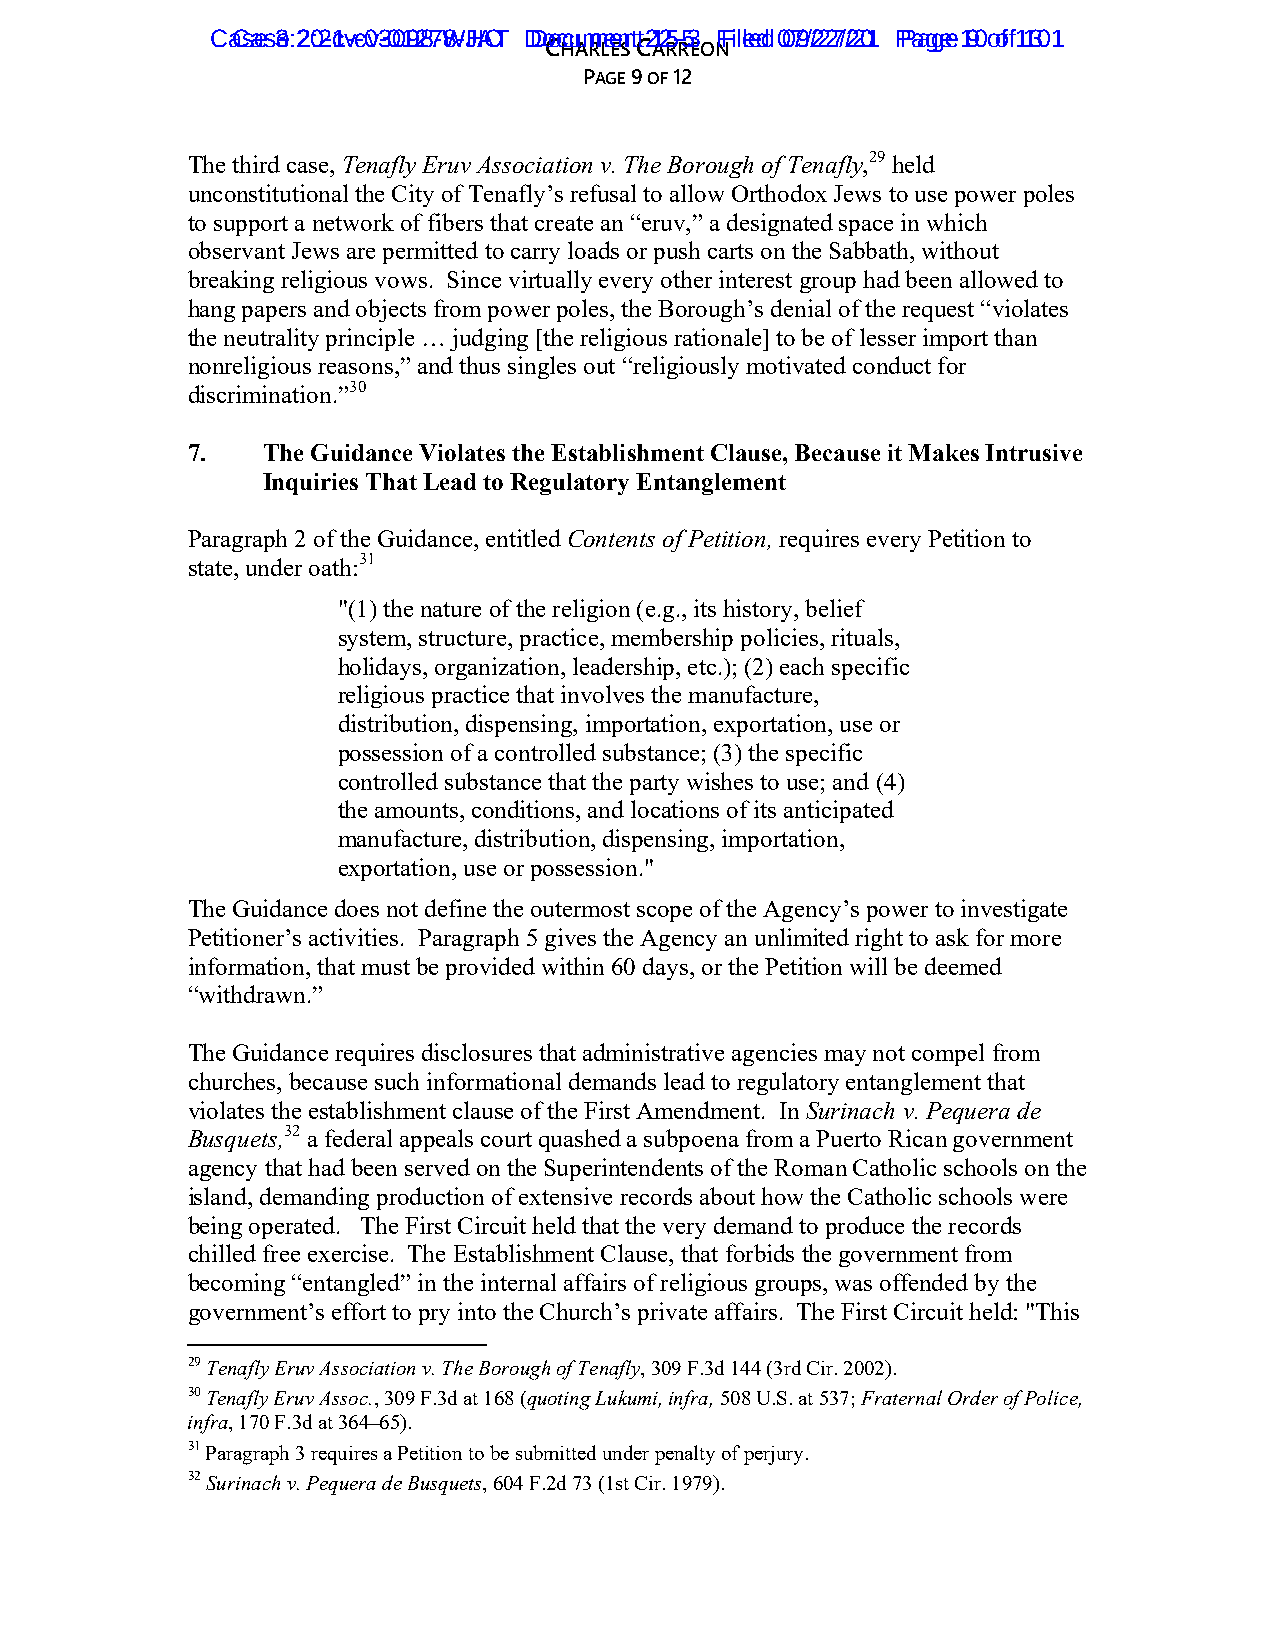
CaCsaes 3e: 220:2-c1v-c-0v3-0019287-W8-JHAOT DDooccuummeenntt 2125--53 FFilieledd 0079//2227//2201 PPaaggee 190 o of f1 1301
 CHARLES CARREON
 PAGE 9 OF 12
 The third case, Tenafly Eruv Association v. The Borough of Tenafly,29 held
 unconstitutional the City of Tenafly’s refusal to allow Orthodox Jews to use power poles
 to support a network of fibers that create an “eruv,” a designated space in which
 observant Jews are permitted to carry loads or push carts on the Sabbath, without
 breaking religious vows. Since virtually every other interest group had been allowed to
 hang papers and objects from power poles, the Borough’s denial of the request “violates
 the neutrality principle … judging [the religious rationale] to be of lesser import than
 nonreligious reasons,” and thus singles out “religiously motivated conduct for
 discrimination.”30
 7.   The Guidance Violates the Establishment Clause, Because it Makes Intrusive
 Inquiries That Lead to Regulatory Entanglement
 Paragraph 2 of the Guidance, entitled Contents of Petition, requires every Petition to
 state, under oath:31
 "(1) the nature of the religion (e.g., its history, belief
 system, structure, practice, membership policies, rituals,
 holidays, organization, leadership, etc.); (2) each specific
 religious practice that involves the manufacture,
 distribution, dispensing, importation, exportation, use or
 possession of a controlled substance; (3) the specific
 controlled substance that the party wishes to use; and (4)
 the amounts, conditions, and locations of its anticipated
 manufacture, distribution, dispensing, importation,
 exportation, use or possession."
 The Guidance does not define the outermost scope of the Agency’s power to investigate
 Petitioner’s activities. Paragraph 5 gives the Agency an unlimited right to ask for more
 information, that must be provided within 60 days, or the Petition will be deemed
 “withdrawn.”
 The Guidance requires disclosures that administrative agencies may not compel from
 churches, because such informational demands lead to regulatory entanglement that
 violates the establishment clause of the First Amendment. In Surinach v. Pequera de
 Busquets,32 a federal appeals court quashed a subpoena from a Puerto Rican government
 agency that had been served on the Superintendents of the Roman Catholic schools on the
 island, demanding production of extensive records about how the Catholic schools were
 being operated. The First Circuit held that the very demand to produce the records
 chilled free exercise. The Establishment Clause, that forbids the government from
 becoming “entangled” in the internal affairs of religious groups, was offended by the
 government’s effort to pry into the Church’s private affairs. The First Circuit held: "This
 29 Tenafly Eruv Association v. The Borough of Tenafly, 309 F.3d 144 (3rd Cir. 2002).
 30 Tenafly Eruv Assoc., 309 F.3d at 168 (quoting Lukumi, infra, 508 U.S. at 537; Fraternal Order of Police,
 infra, 170 F.3d at 364–65).
 31 Paragraph 3 requires a Petition to be submitted under penalty of perjury.
 32 Surinach v. Pequera de Busquets, 604 F.2d 73 (1st Cir. 1979).